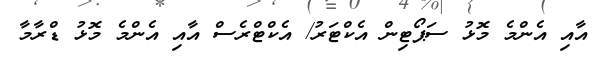
އާއި އެންމެ މޮޅު ސަޕޯޓިން އެކްޓަރު/ އެކްޓްރެސް އާއި އެންމެ މޮޅު ޑްރާމާ